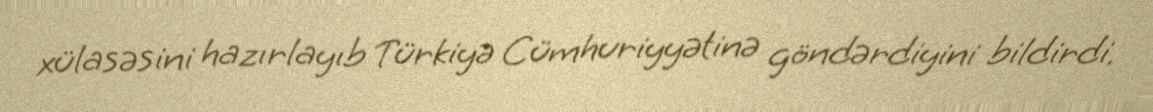
xülasəsini hazırlayıb Türkiyə Cümhuriyyətinə göndərdiyini bildirdi.